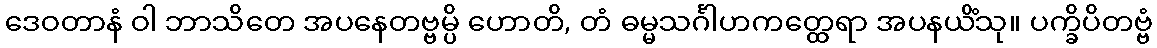
ဒေဝတာနံ ဝါ ဘာသိတေ အပနေတဗ္ဗမ္ပိ ဟောတိ, တံ ဓမ္မသင်္ဂါဟကတ္ထေရာ အပနယိံသု။ ပက္ခိပိတဗ္ဗံ